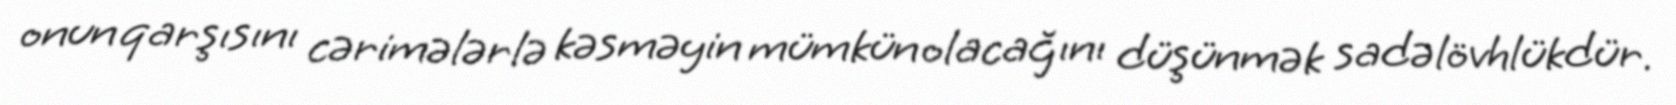
onun qarşısını cərimələrlə kəsməyin mümkün olacağını düşünmək sadəlövhlükdür.